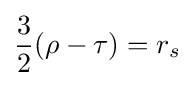
{\frac {3}{2}}(\rho -\tau )=r_{s}